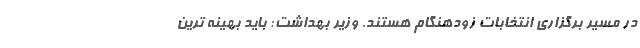
در مسیر برگزاری انتخابات زودهنگام هستند. وزیر بهداشت: باید بهینه ترین